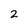
Character: 2